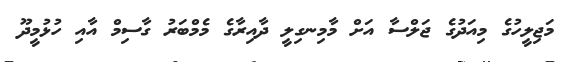
މަޖިލީހުގެ މިއަދުގެ ޖަލްސާ އަށް މާމިނގިލީ ދާއިރާގެ މެމްބަރު ގާސިމް އާއި ހުޅުމީދޫ